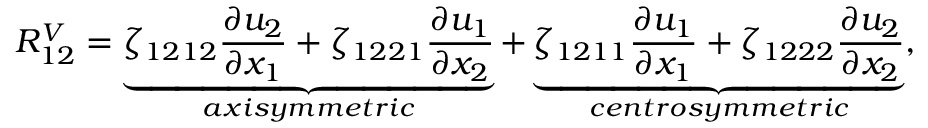
R _ { 1 2 } ^ { V } = \underbrace { \zeta _ { 1 2 1 2 } \frac { \partial u _ { 2 } } { \partial x _ { 1 } } + \zeta _ { 1 2 2 1 } \frac { \partial u _ { 1 } } { \partial x _ { 2 } } } _ { a x i s y m m e t r i c } + \underbrace { \zeta _ { 1 2 1 1 } \frac { \partial u _ { 1 } } { \partial x _ { 1 } } + \zeta _ { 1 2 2 2 } \frac { \partial u _ { 2 } } { \partial x _ { 2 } } } _ { c e n t r o s y m m e t r i c } ,